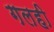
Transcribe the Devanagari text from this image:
गलही